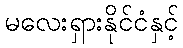
မလေးရှားနိုင်ငံနှင့်